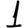
Digit: 1